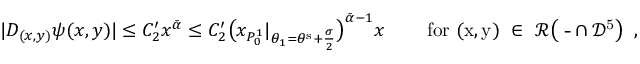
| D _ { ( x , y ) } \psi ( x , y ) | \leq C _ { 2 } ^ { \prime } x ^ { \bar { \alpha } } \leq C _ { 2 } ^ { \prime } \big ( x _ { P _ { 0 } ^ { 1 } } | _ { \theta _ { 1 } = \theta ^ { \mathrm { s } } + \frac { \sigma } { 2 } } \big ) ^ { \bar { \alpha } - 1 } x \qquad \, \mathrm { f o r ~ ( x , y ) ~ \in ~ \mathcal { R } \big ( ~ \overline { { \Omega } } \cap \mathcal { D } ^ 5 _ \epsilon \big ) ~ } \, ,